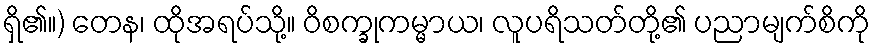
ရှိ၏။) တေန၊ ထိုအရပ်သို့။ ဝိစက္ခုကမ္မာယ၊ လူပရိသတ်တို့၏ ပညာမျက်စိကို